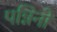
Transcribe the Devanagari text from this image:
पन्निनो